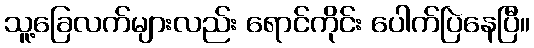
သူ့ခြေလက်များလည်း ရောင်ကိုင်း ပေါက်ပြဲနေပြီ။